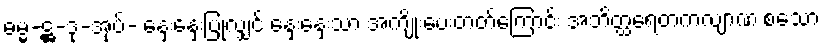
ဓမ္မ-ဋ္ဌ-ဒု-အုပ်- နှေးနှေးပြုလျှင် နှေးနှေးသာ အကျိုးပေးတတ်ကြောင်း အဘိတ္ထရေတကလျာဏ စသော